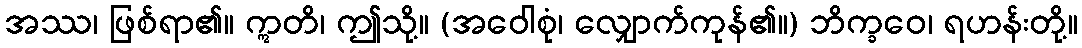
အဿ၊ ဖြစ်ရာ၏။ ဣတိ၊ ဤသို့။ (အဝေါစုံ၊ လျှောက်ကုန်၏။) ဘိက္ခဝေ၊ ရဟန်းတို့။